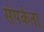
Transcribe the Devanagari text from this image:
संपर्कता